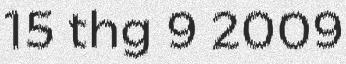
15 thg 9 2009